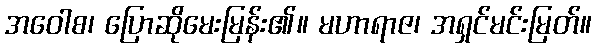
အဝေါစ၊ ပြောဆိုမေးမြန်း၏။ မဟာရာဇ၊ အရှင်မင်းမြတ်။